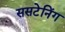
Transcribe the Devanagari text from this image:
ससटेनिंग